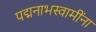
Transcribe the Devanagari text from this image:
पद्मनाभस्वामींना